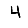
Digit: 4